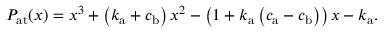
P _ { \mathrm { a t } } ( x ) = x ^ { 3 } + \left( k _ { \mathrm { a } } + c _ { \mathrm { b } } \right) x ^ { 2 } - \left( 1 + k _ { \mathrm { a } } \left( c _ { \mathrm { a } } - c _ { \mathrm { b } } \right) \right) x - k _ { \mathrm { a } } .